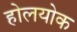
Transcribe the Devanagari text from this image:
होलयोक